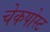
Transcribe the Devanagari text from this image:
चेकपोस्‍ट